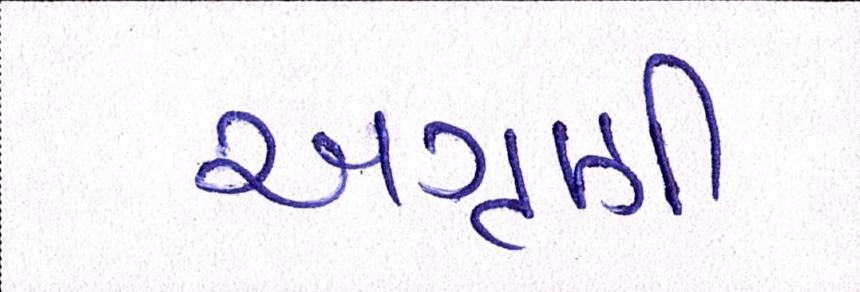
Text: અગ્રણી